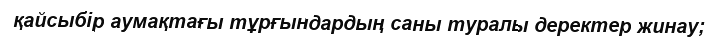
қайсыбір аумақтағы тұрғындардың саны туралы деректер жинау;